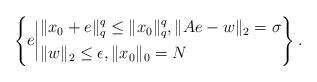
LaTeX: \begin{align*}\left\{e\biggl|\begin{aligned}&\|x_0+e\|_{q}^{q}\leq\|x_0\|_{q}^{q},\|{A}e-w\|_2=\sigma\\&\|w\|_2\leq\epsilon,\|x_0\|_0=N\end{aligned}\right\}.\end{align*}